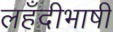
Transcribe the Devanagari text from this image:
लहँदीभाषी